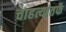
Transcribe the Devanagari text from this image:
चाहत्यांतर्फे